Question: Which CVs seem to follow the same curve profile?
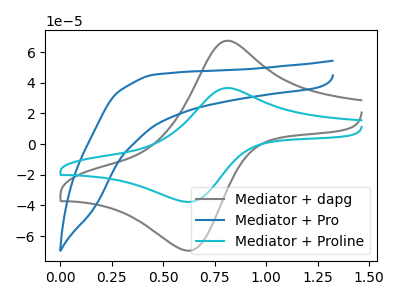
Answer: <think>The gray curve "Mediator + dapg" has an anodic peak at (0.80V, 67.40uA) and a cathodic peak at (0.65V, -69.40uA). The blue curve "Mediator + Pro" has no peaks. The cyan curve "Mediator + Proline" has an anodic peak at (0.80V, 36.55uA) and a cathodic peak at (0.65V, -37.65uA).
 "Mediator + dapg" and "Mediator + Pro" have a different number of peaks. All the peaks in "Mediator + dapg" have a peak in "Mediator + Proline" at the same potential. Every peak in "Mediator + dapg" is higher than every peak in "Mediator + Proline". "Mediator + Pro" and "Mediator + Proline" have a different number of peaks.</think>
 <answer>"Mediator + dapg" and "Mediator + Proline" have the same shape and are likely CV's of the same chemical.</answer>
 <eval>"Mediator + dapg" "Mediator + Proline"</eval>